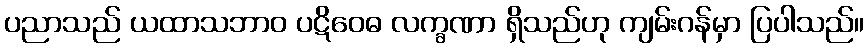
ပညာသည် ယထာသဘာဝ ပဋိဝေဓ လက္ခဏာ ရှိသည်ဟု ကျမ်းဂန်မှာ ပြပါသည်။